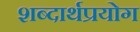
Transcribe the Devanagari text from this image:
शब्दार्थप्रयोग